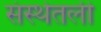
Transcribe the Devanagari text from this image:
संस्थेतली